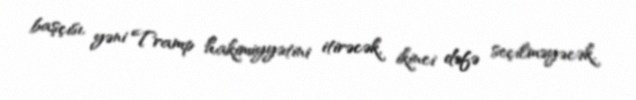
başçısı, yəni Tramp hakimiyyətini itirəcək, ikinci dəfə seçilməyəcək.